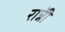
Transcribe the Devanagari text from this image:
राॅन्नी